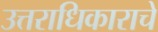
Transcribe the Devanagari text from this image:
उत्तराधिकाराचे